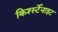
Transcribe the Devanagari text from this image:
किर्श्स्टेनाइट